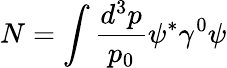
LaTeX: N=\int\frac{d^{3}p}{p_{0}}\psi^{*}\gamma^{0}\psi